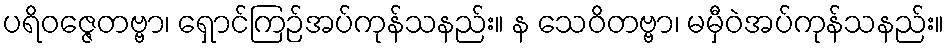
ပရိဝဇ္ဇေတဗ္ဗာ၊ ရှောင်ကြဉ်အပ်ကုန်သနည်း။ န သေဝိတဗ္ဗာ၊ မမှီဝဲအပ်ကုန်သနည်း။